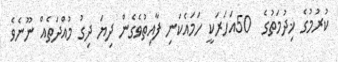
ކުރުމުގެ ޚިދުމަތުގެ  50އަހަރަކީ ހަމައެކަނި ފާއިތުވެގެން ދިޔަ ދިގު މުއްދަތެއް ނޫނެވެ